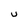
Character: U